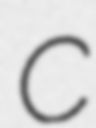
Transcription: C